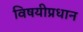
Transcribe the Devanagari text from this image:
विषयीप्रधान